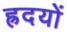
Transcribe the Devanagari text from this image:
ह्रदयों